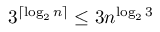
3 ^ { \lceil \log _ { 2 } n \rceil } \leq 3 n ^ { \log _ { 2 } 3 } \,